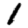
Digit: 1